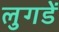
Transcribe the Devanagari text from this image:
लुगडें